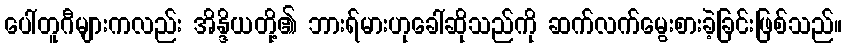
ပေါ်တူဂီများကလည်း အိန္ဒိယတို့၏ ဘားရ်မားဟုခေါ်ဆိုသည်ကို ဆက်လက်မွေးစားခဲ့ခြင်းဖြစ်သည်။